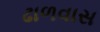
ઢાળવાસ